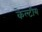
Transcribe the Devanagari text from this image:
केल्टीय